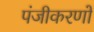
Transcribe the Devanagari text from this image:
पंजीकरणों